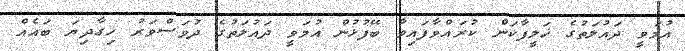
އުމަވީ ދައުލަތުގެ ޚަލީފާކަން ކުރައްވާފައިވާ ބޭފުޅުން އުމަވީ ދައުލަތުގެ ދުވަސްވަރު ހިގާދިޔަ ބައެއް